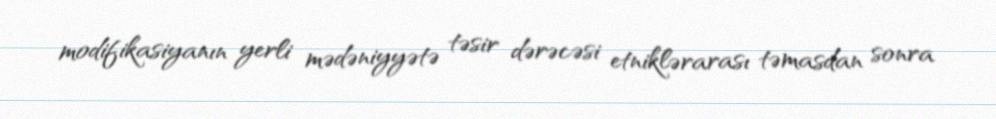
modifikasiyanın yerli mədəniyyətə təsir dərəcəsi etniklərarası təmasdan sonra